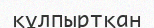
құлпыртқан